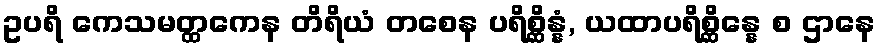
ဥပရိ ကေသမတ္ထကေန တိရိယံ တစေန ပရိစ္ဆိန္နံ, ယထာပရိစ္ဆိန္နေ စ ဌာနေ